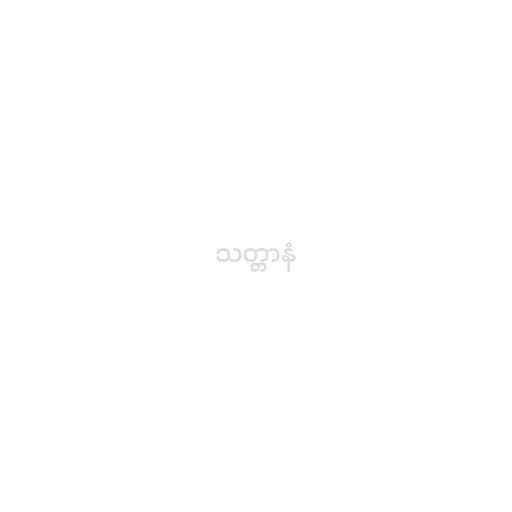
သတ္တာနံ